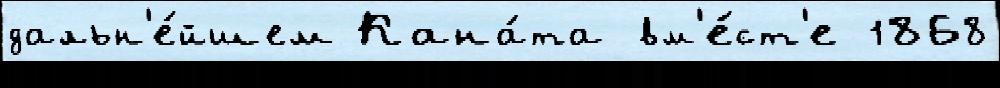
дальн'е́йшем Кана́та вм'е́ст'е 1868